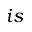
i s